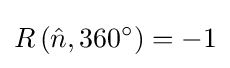
R\left({\hat {n}},360^{\circ }\right)=-1